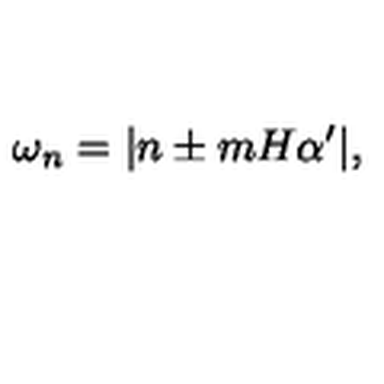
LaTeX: \omega _ { n } = | n \pm m H \alpha ^ { \prime } | ,